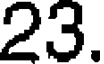
23.